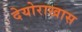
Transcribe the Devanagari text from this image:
देयोराखास